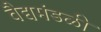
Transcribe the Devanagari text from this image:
वैद्यमंडळी